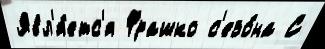
Явл'я́етс'я Фрашко с'езо́на С